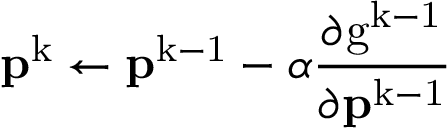
\mathbf { p ^ { \mathrm { k } } } \leftarrow \mathbf { p ^ { \mathrm { k - 1 } } } - \alpha \frac { \partial \mathrm { g ^ { k - 1 } } } { \partial \mathbf { p ^ { \mathrm { k - 1 } } } }